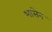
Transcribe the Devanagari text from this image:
भासेन